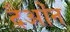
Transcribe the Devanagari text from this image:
दैओंन